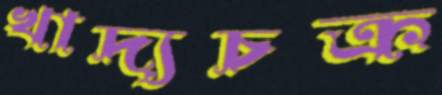
খাদ্যচক্র